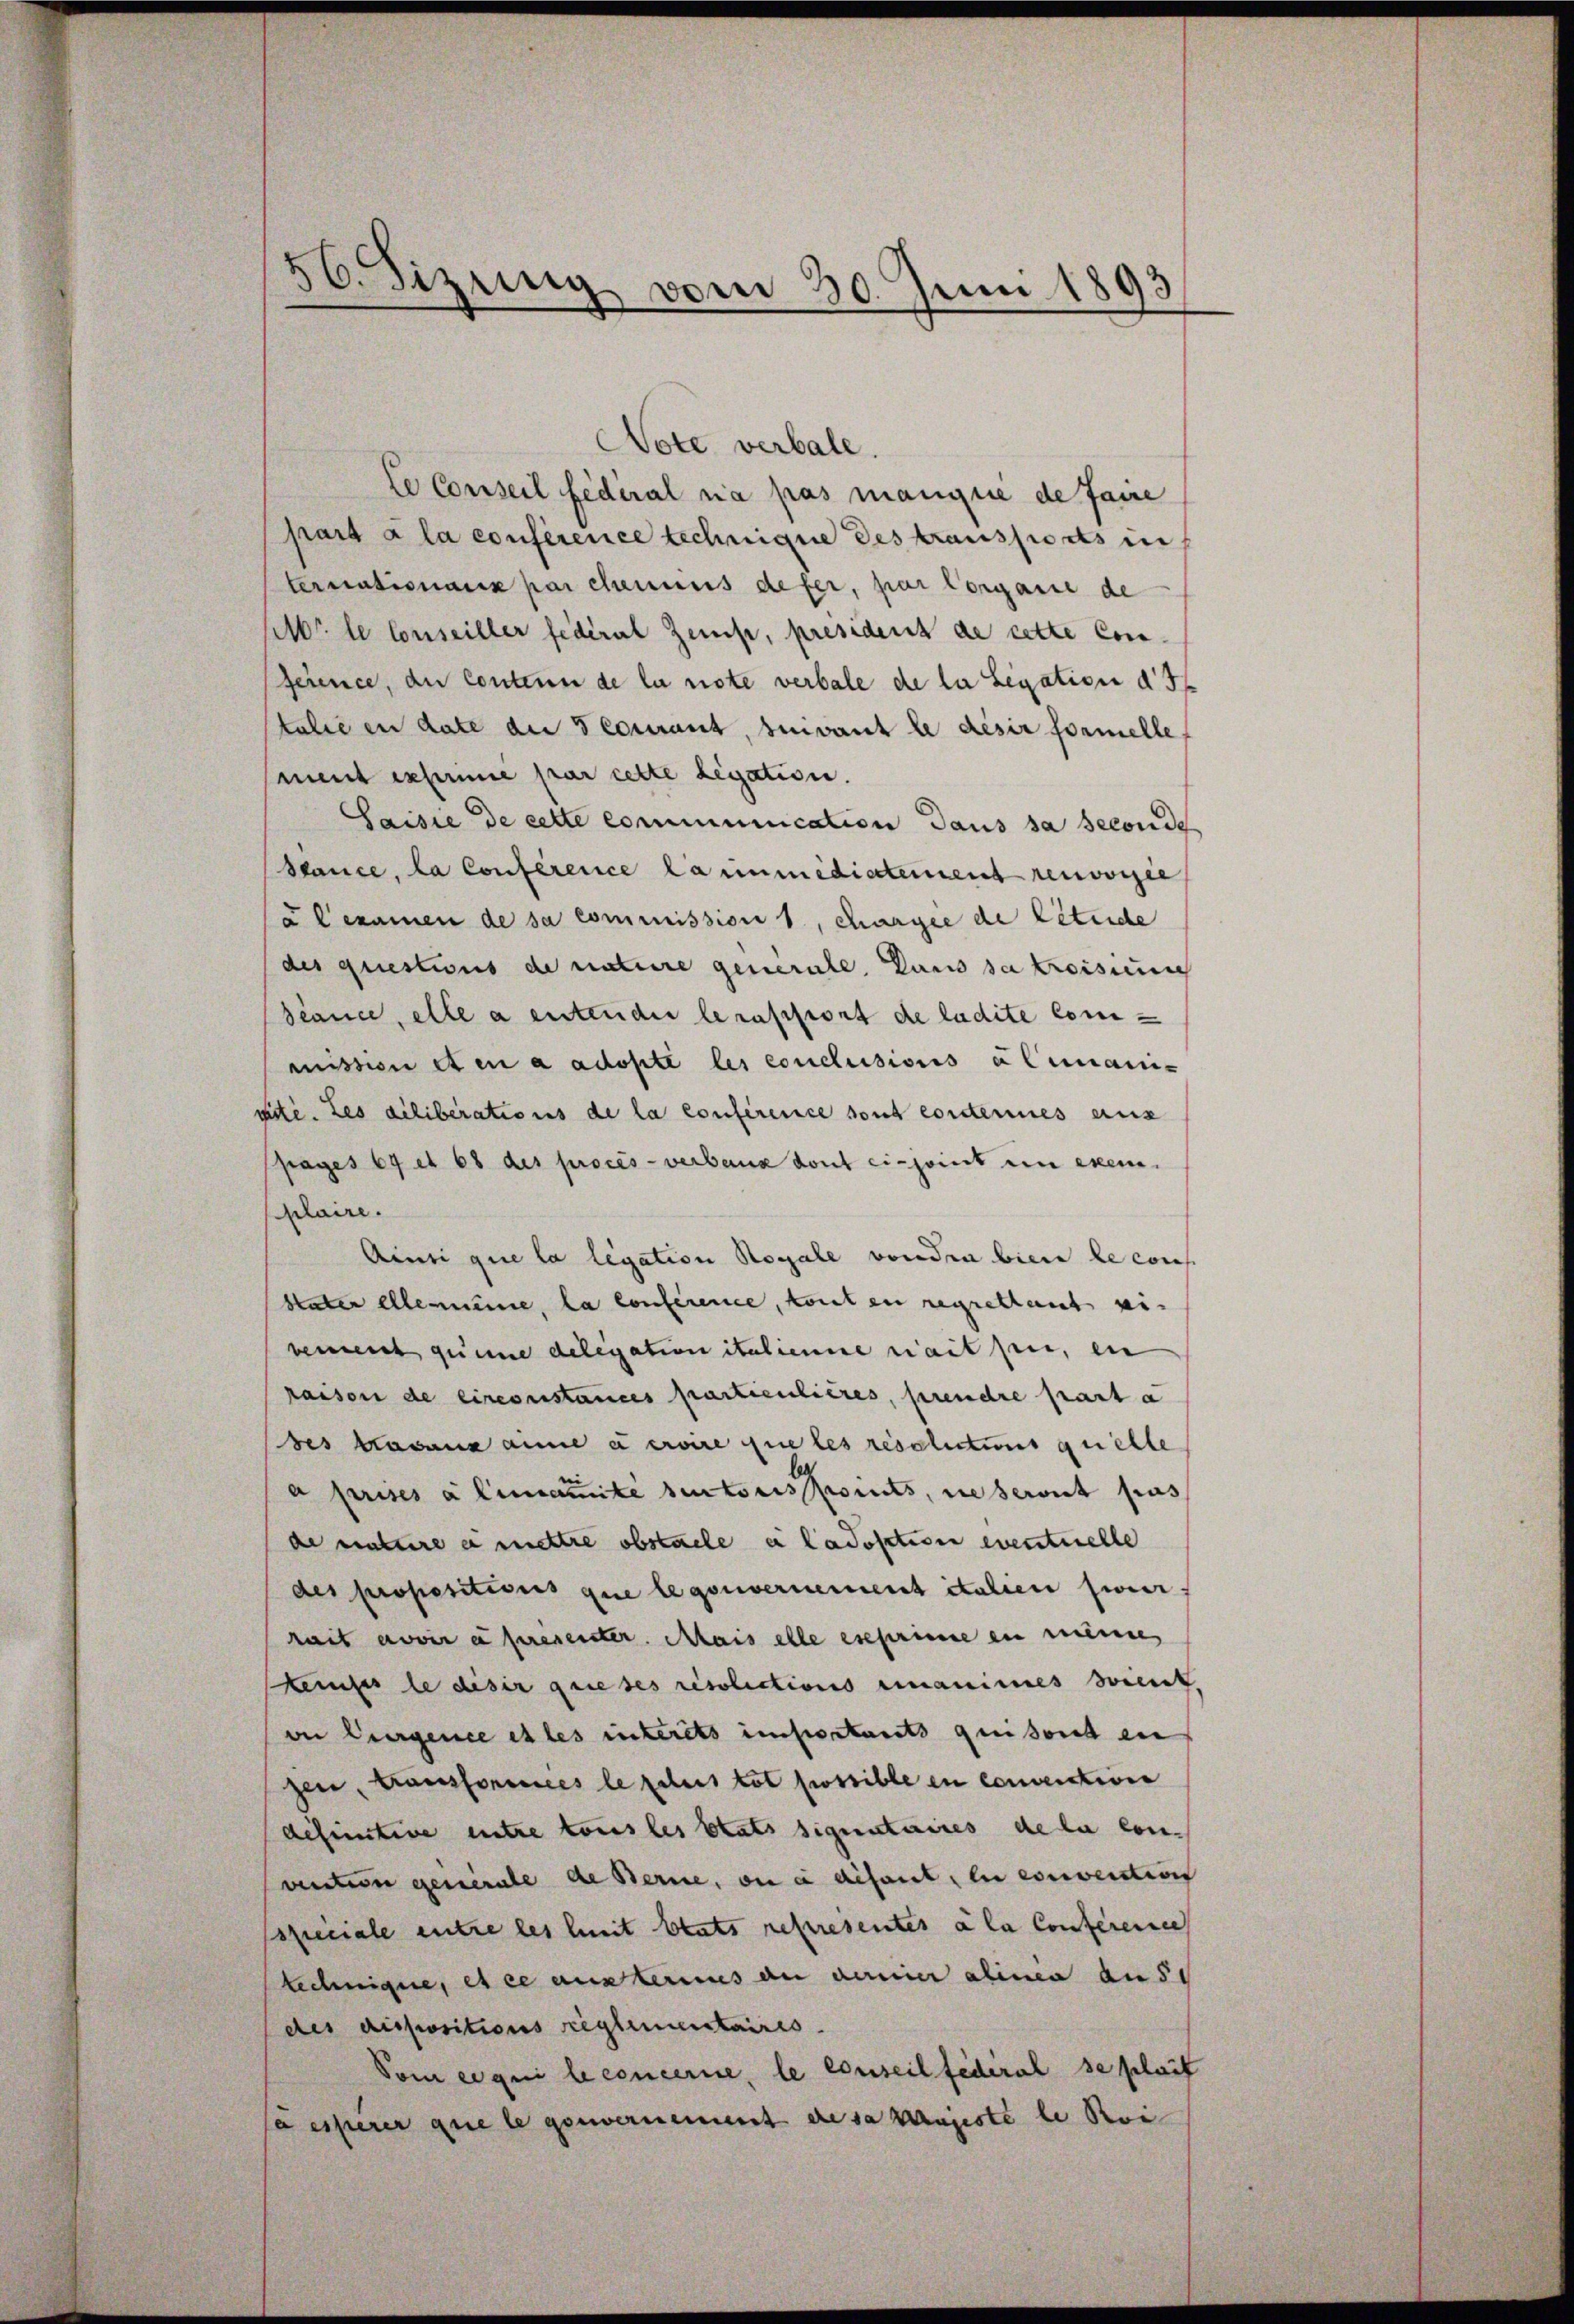
56. Sizung vom 30. Juni 1893

Note verbale.
le Conseil federal ria pas manque de faire
part à la conférence technique des transports in
ternationaux par chemnus defer, par Corgane de
ser le Conseiller federal Zemp, president de cette Conférence, du contenn de la note verbale de la Legation d
talie in date au courant, sinvant le desir formelle
ment exhumie par cette Legation.
Saisie de cette communication dans sa seconde
Sauce, la Conference la immediatement renvorsie
u Cexamen de sa commission 1, chargee de litende
des questions de nature generale. Dans se troisium
séance, elle a entender le rapport de ludite Commission et en a adopte les conclusions alemani-
nité. Les diliberations de la conference sont conderines aus
pages 69 et 68 des procès-verbaux dont ci-joint en exem-
Alaire.
Ainsi que la legation Royale von den bien le cons
Vater ellenenne, la conference, tout en regrettet si
vement queme delegation italienne nait sei, ein
raison de circonstances particulières, prendre part a
des Masans anne à ervire que les resolutumes quelle
a prises alimante sectoris forts, ne seront pas
de nature e mettre obstacle er Cadosition eventuelle
des propositions que legouvernement etalien siner
rait avoir à presenter. Mais elle eseprime en meine
keises le diser grieses résolictions einanimes soient,
vn Euergence et les interets importants qui sonst ein
zen, transforstices le plus tot possible en convention
definitive entre tous les Etats signataires de la con-
viection generale de Berne, ou à disant, le convention
sspeciale entre les heit blats representes a la Conferene
technige, et ce austernus an darin alinen aus
des dispositions reglementaires.
Vom ei qui le concerne, le conseil fédéral se plait
ja esserer que le gouvernement de sa majeste le Rei